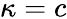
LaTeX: \kappa=c